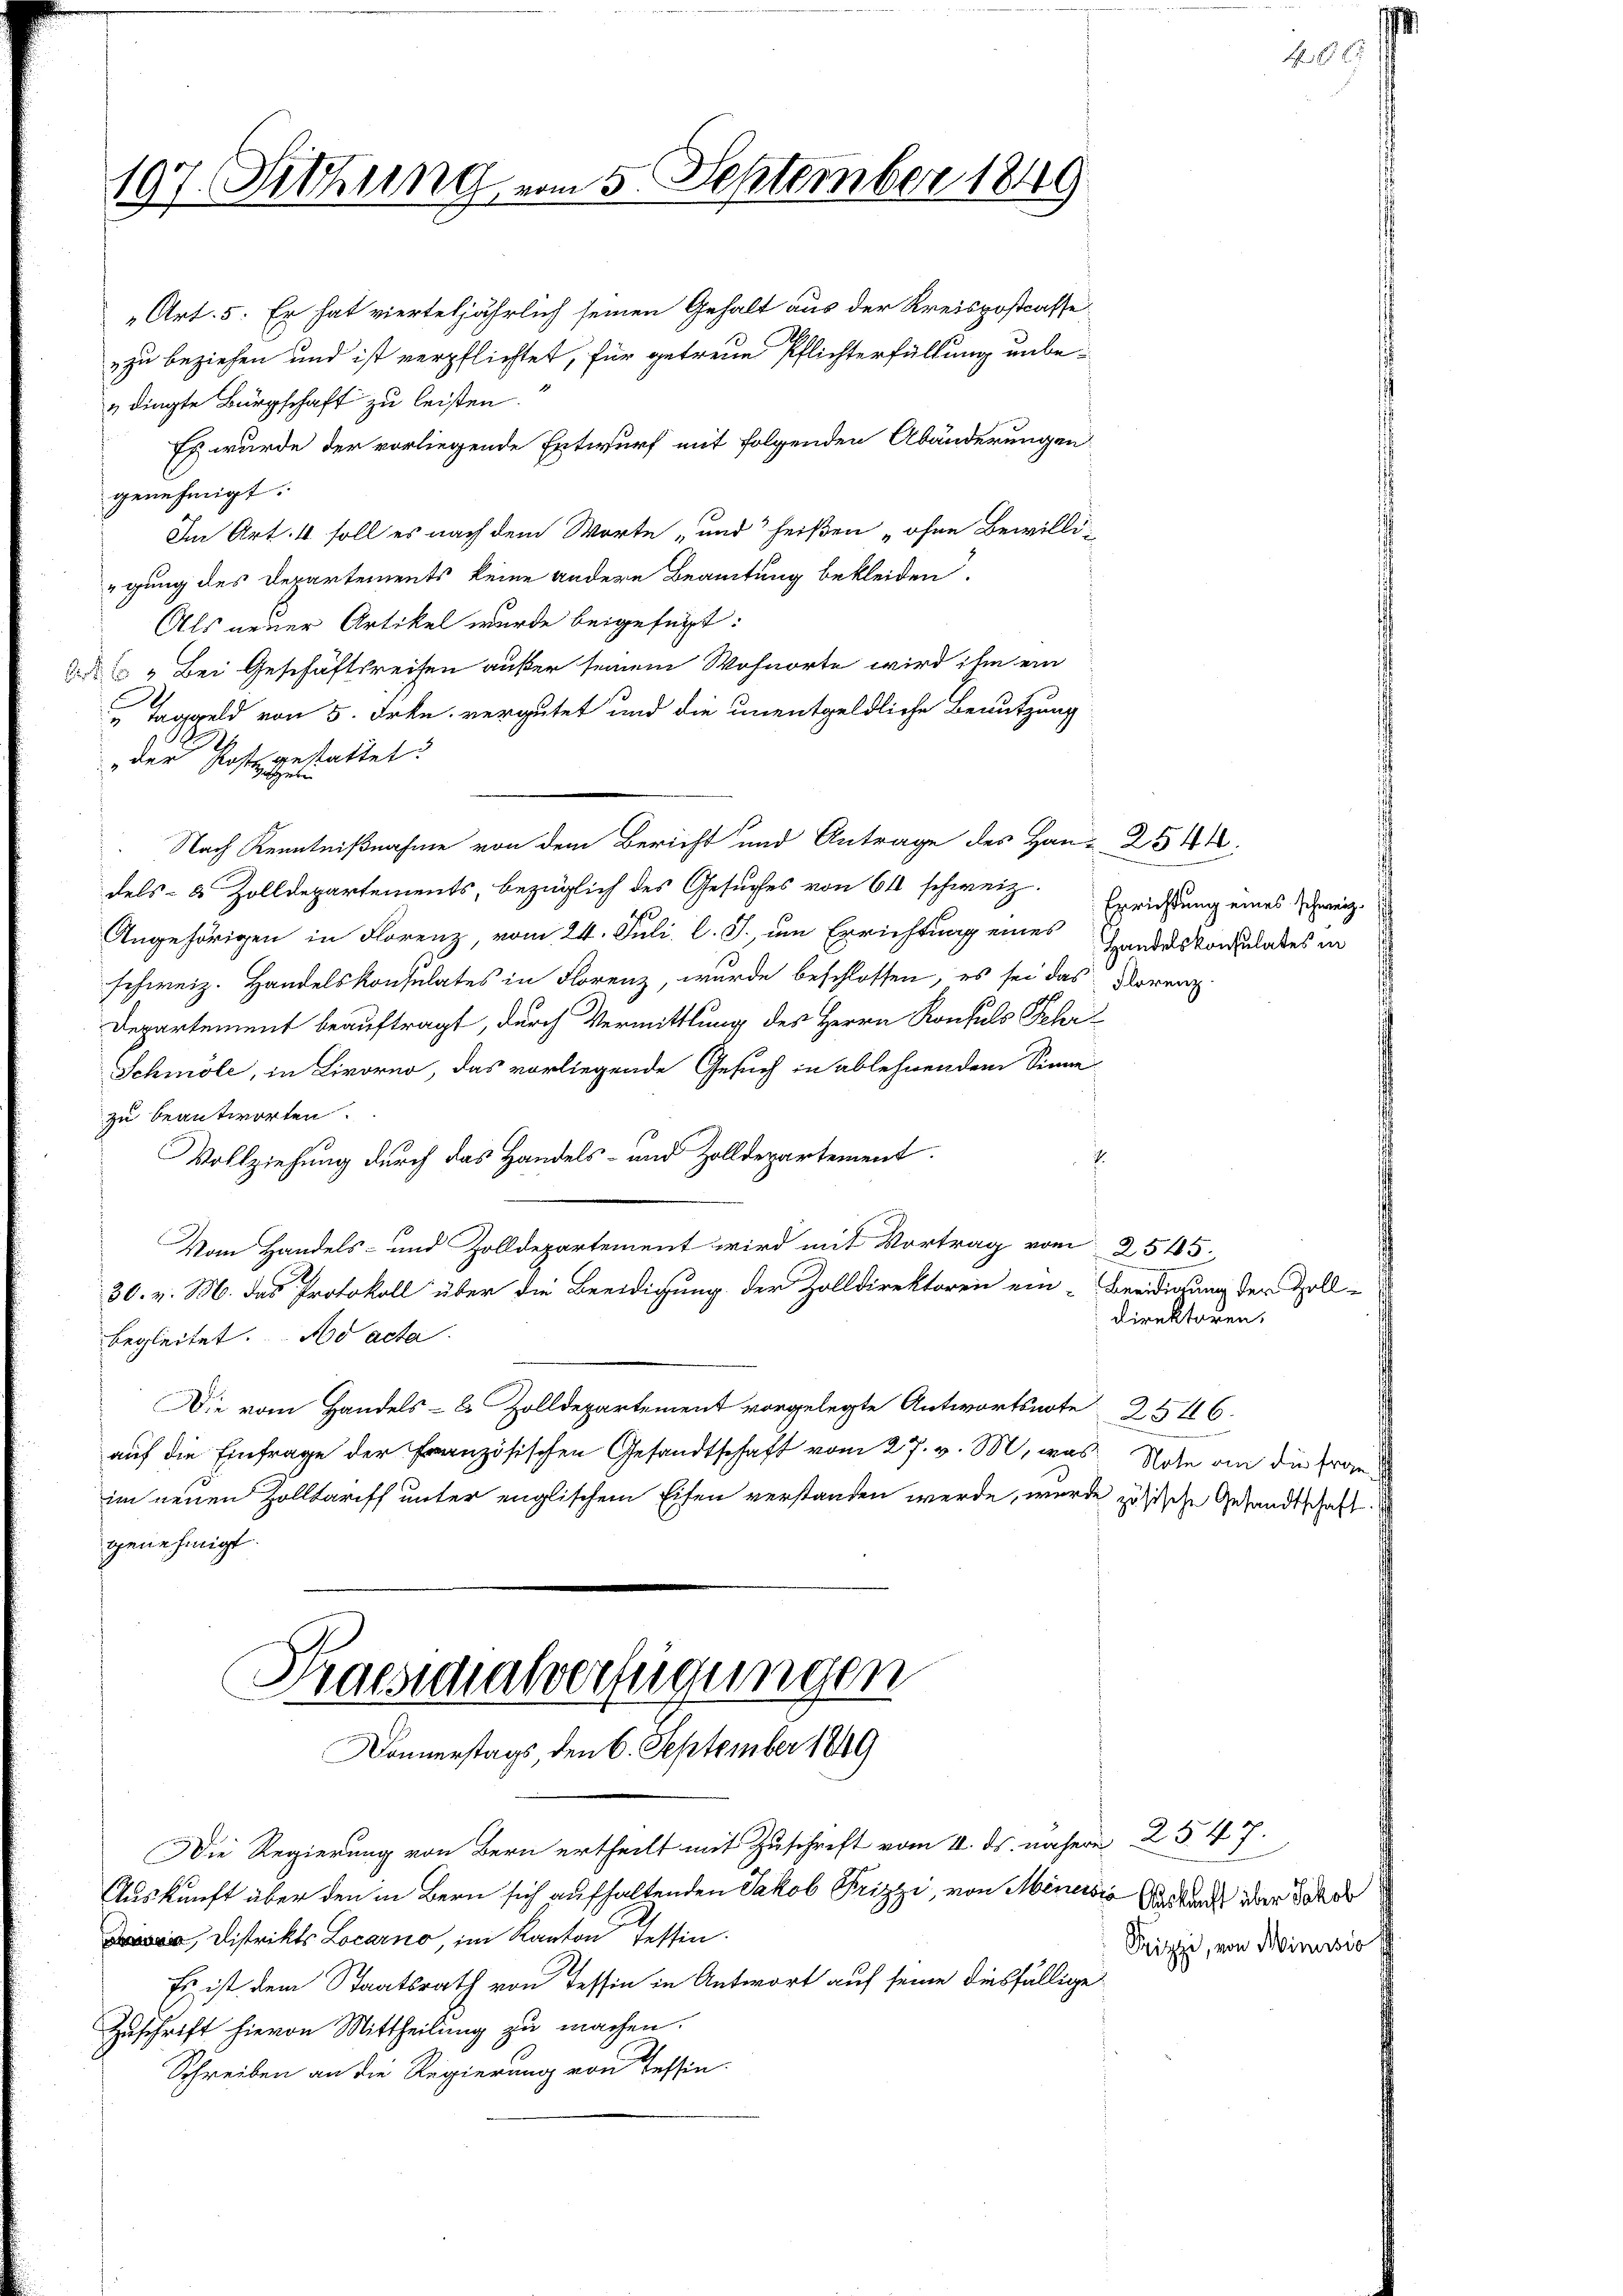
dingte Bürgschaft zu leisten.
genehmigt.
Als neuer Artikel wurde beigefügt:
 „Bei Geschäftsreisen außer seinem Wohnorte wird ihm ein
I
 Taggeld von 5. Frkn. vergütet und die unentgeldliche Benutzung
.
gestattet.
der Postzuseten
 Nach Kenntnißnahme von dem Bericht und Antrage des Han-2544.
dels- & Zolldepartements, bezüglich des Gesuches von 61 schweiz.
Angehörigen in Florenz, vom 24. Juli l. J., um Errichtung eines Handeskonsulates in
schweiz. Handelskonsulates in Florenz, wurde beschlossen, es sei das Dorenz
Departement beauftragt, durch Vermittlung des Herrn Konsuls Fehr
Schmöle, in Livorno, das vorliegende Gesuch in ablehnendem Sinne
zu beantworten.
Vollziehung durch das Handels- und Zolldepartement
Vom Handels- und Zolldepartement wird mit Vortrag vom 2545.
30. v. M. das Protokoll über die Beeidigung der Zolldirektoren ein-Beeidigung der Zoll-
begleitet. No acte.
Die vom Handels- u. Zolldepartement vorgelegte Antwortsnote 2546.
auf die Einfrage der Französischen Gesandtschaft vom 27. v. M, was Note an die Ergeim neuen Zolltariff unter englischem Eifen verstanden werde, wurde zösische Gesandtschaft
genehmigt.
Praesidialverfügungen

197. Sitzung vom 5. September 1849.

Art. 5. Er hat vierteljährlich seinen Gehalt aus der Kreispostcasse
zu beziehen und ist verpflichtet, für getreue Pflichterfüllung unbe¬
Es wurde der vorliegende Entwurf mit folgenden Abänderungen
Im Art. 4 soll es nach dem Worte, und heißen „ohne Bewilliegung des Departements keine andere Beamtung bekleiden.

Donnerstags, den 6. September 1849

Auskunft über den in Bern sich aufhaltenden Jakob Frizzi, von Minersio
Es ist dem Staatsrath von Tessin in Antwort auf seine diesfällige

Die Regierung von Bern ertheilt mit Zuschrift vom 4. ds. nähere 2547.
i, Distrikts Locarno, im Kanton Tessin.
Zuschrift hievon Mittheilung zu machen.
Schreiben an die Regierung von Tessin.

Errichtung eines schweiz.

direktoren.

N. 65. 6

Auskunft über Jakob
Prizzi, von Minusio